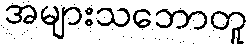
အများသဘောတူ